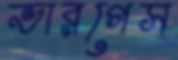
ভারগেস